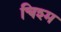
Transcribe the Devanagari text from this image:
चिश्म